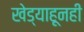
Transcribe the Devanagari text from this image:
खेड्याहूनही